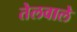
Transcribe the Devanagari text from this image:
तेलवाले